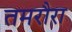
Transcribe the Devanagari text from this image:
तमरौरा